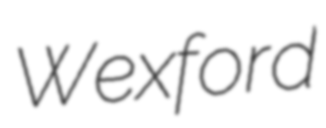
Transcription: Wexford